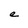
Character: e